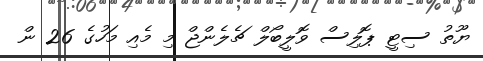
ޔޫތު ސިޓީ ޕޮލިސް ވޮލީބޯލް ޗެލެންޖް މި މެއި މަހުގެ 26 ން